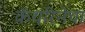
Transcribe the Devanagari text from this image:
कॅथरिनेचा